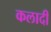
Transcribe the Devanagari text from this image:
कलादी